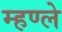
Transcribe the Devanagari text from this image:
म्हण्ले